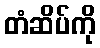
တံဆိပ်ကို